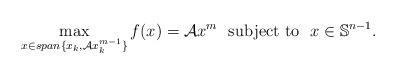
LaTeX: \begin{align*}\max_{x \in span\{x_k, \mathcal{A}x_k^{m-1}\}} f(x)=\mathcal{A}x^m \ \ \mbox{subject to} \ \ x \in \mathbb{S}^{n-1}.\end{align*}